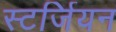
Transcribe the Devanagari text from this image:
स्टर्जियन